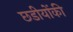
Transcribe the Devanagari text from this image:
छडीयोंकी